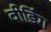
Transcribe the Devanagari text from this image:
वीडिंग